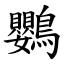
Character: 鸚